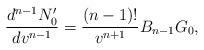
LaTeX: \begin{align*} \frac{d^{n-1}N'_0}{dv^{n-1}}=\frac{(n-1)!}{v^{n+1}}B_{n-1}G_0,\end{align*}